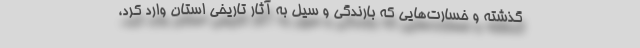
گذشته و خسارت‌هایی که بارندگی و سیل به آثار تاریخی استان وارد کرد،